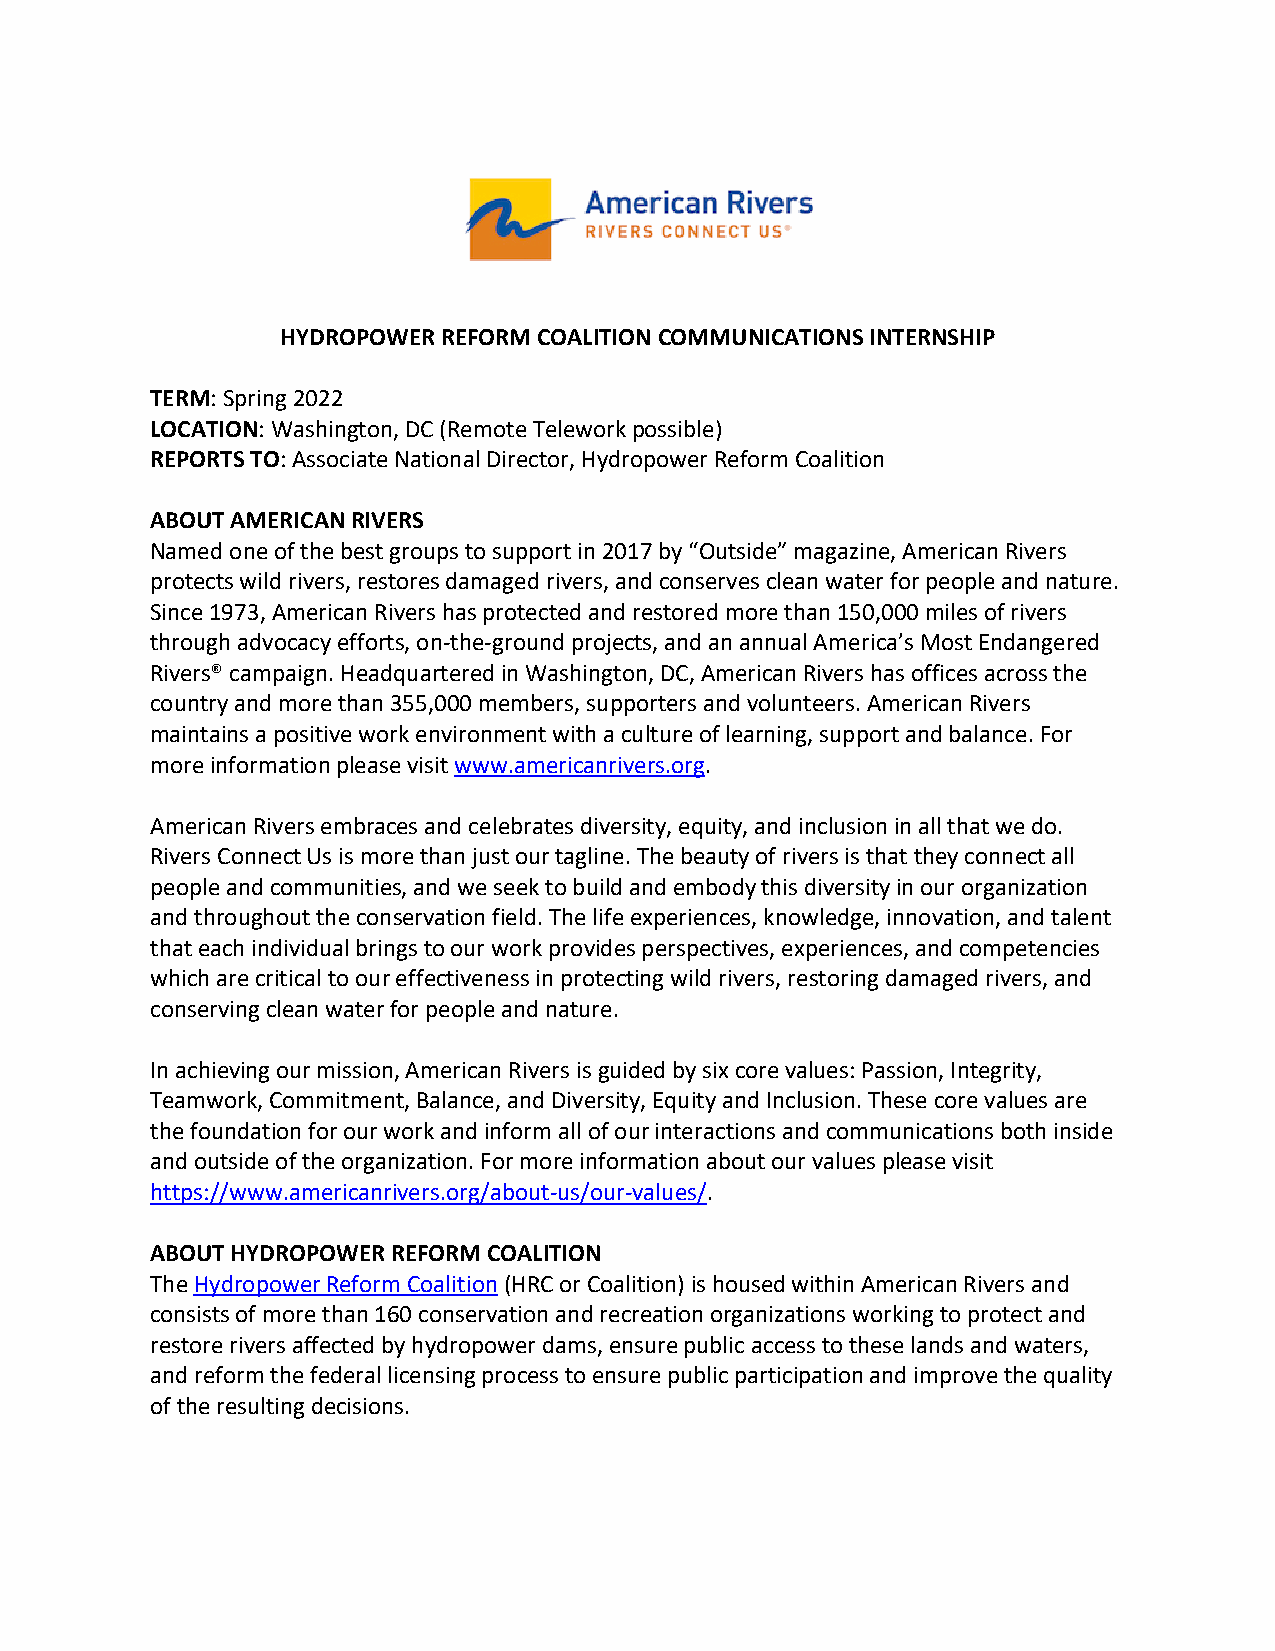
HYDROPOWER REFORM COALITION COMMUNICATIONS INTERNSHIP
 TERM: Spring 2022
 LOCATION: Washington, DC (Remote Telework possible)
 REPORTS TO: Associate National Director, Hydropower Reform Coalition
 ABOUT AMERICAN RIVERS
 Named one of the best groups to support in 2017 by “Outside” magazine, American Rivers
 protects wild rivers, restores damaged rivers, and conserves clean water for people and nature.
 Since 1973, American Rivers has protected and restored more than 150,000 miles of rivers
 through advocacy efforts, on-the-ground projects, and an annual America’s Most Endangered
 Rivers® campaign. Headquartered in Washington, DC, American Rivers has offices across the
 country and more than 355,000 members, supporters and volunteers. American Rivers
 maintains a positive work environment with a culture of learning, support and balance. For
 more information please visit www.americanrivers.org.
 American Rivers embraces and celebrates diversity, equity, and inclusion in all that we do.
 Rivers Connect Us is more than just our tagline. The beauty of rivers is that they connect all
 people and communities, and we seek to build and embody this diversity in our organization
 and throughout the conservation field. The life experiences, knowledge, innovation, and talent
 that each individual brings to our work provides perspectives, experiences, and competencies
 which are critical to our effectiveness in protecting wild rivers, restoring damaged rivers, and
 conserving clean water for people and nature.
 In achieving our mission, American Rivers is guided by six core values: Passion, Integrity,
 Teamwork, Commitment, Balance, and Diversity, Equity and Inclusion. These core values are
 the foundation for our work and inform all of our interactions and communications both inside
 and outside of the organization. For more information about our values please visit
 https://www.americanrivers.org/about-us/our-values/.
 ABOUT HYDROPOWER REFORM COALITION
 The Hydropower Reform Coalition (HRC or Coalition) is housed within American Rivers and
 consists of more than 160 conservation and recreation organizations working to protect and
 restore rivers affected by hydropower dams, ensure public access to these lands and waters,
 and reform the federal licensing process to ensure public participation and improve the quality
 of the resulting decisions.